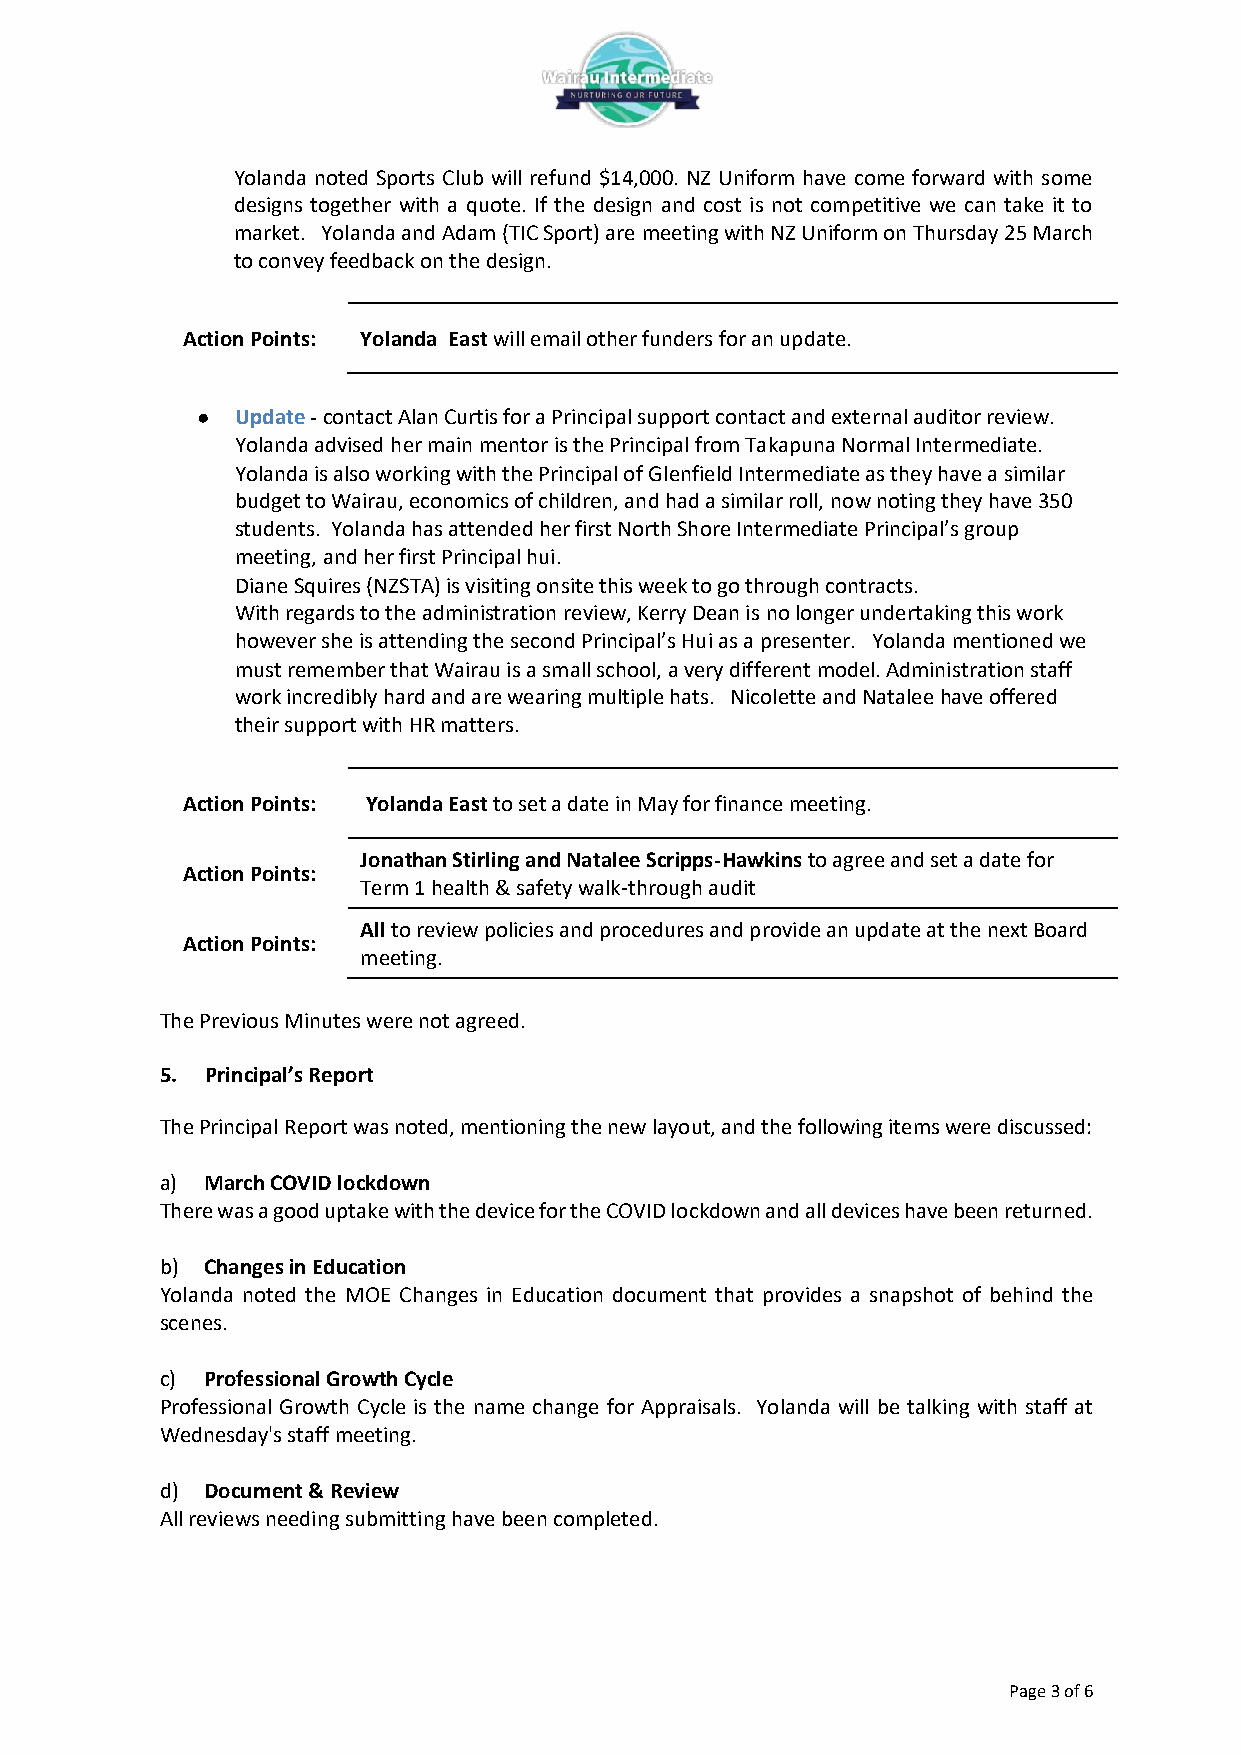
Yolanda noted Sports Club will refund $14,000. NZ Uniform have come forward with some
 designs together with a quote. If the design and cost is not competitive we can take it to
 market. Yolanda and Adam (TIC Sport) are meeting with NZ Uniform on Thursday 25 March
 to convey feedback on the design.
 Action Points: Yolanda East will email other funders for an update.
 ●  Update - contact Alan Curtis for a Principal support contact and external auditor review.
 Yolanda advised her main mentor is the Principal from Takapuna Normal Intermediate.
 Yolanda is also working with the Principal of Glenfield Intermediate as they have a similar
 budget to Wairau, economics of children, and had a similar roll, now noting they have 350
 students. Yolanda has attended her first North Shore Intermediate Principal’s group
 meeting, and her first Principal hui.
 Diane Squires (NZSTA) is visiting onsite this week to go through contracts.
 With regards to the administration review, Kerry Dean is no longer undertaking this work
 however she is attending the second Principal’s Hui as a presenter. Yolanda mentioned we
 must remember that Wairau is a small school, a very different model. Administration staff
 work incredibly hard and are wearing multiple hats. Nicolette and Natalee have offered
 their support with HR matters.
 Action Points: Yolanda East to set a date in May for finance meeting.
 Jonathan Stirling and Natalee Scripps-Hawkins to agree and set a date for
 Action Points:
 Term 1 health & safety walk-through audit
 All to review policies and procedures and provide an update at the next Board
 Action Points:
 meeting.
 The Previous Minutes were not agreed.
 5. Principal’s Report
 The Principal Report was noted, mentioning the new layout, and the following items were discussed:
 a) March COVID lockdown
 There was a good uptake with the device for the COVID lockdown and all devices have been returned.
 b) Changes in Education
 Yolanda noted the MOE Changes in Education document that provides a snapshot of behind the
 scenes.
 c) Professional Growth Cycle
 Professional Growth Cycle is the name change for Appraisals. Yolanda will be talking with staff at
 Wednesday's staff meeting.
 d) Document & Review
 All reviews needing submitting have been completed.
 Page 3 of 6